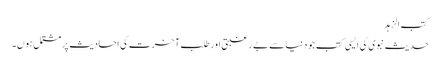
کتب الزہد
حدیث نبوی کی ایسی کتب جو دنیا سے بے رغبتی اور طلبِ آخرت کی احادیث پر مشتمل ہوں۔